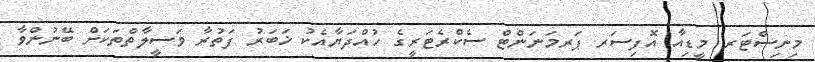
މިނިސްޓަރ މީޑިއާ އޮފިސަރ ޕަރމަނަންޓް ސެކްރެޓަރީގެ ހުއްދަޔާއެކު ޚަބަރު ފަތުރާ ވަސީލާތްތަކަށް ބޭނުންވާ